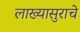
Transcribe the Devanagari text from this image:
लाख्यासुराचे